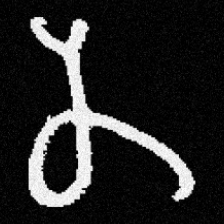
Pyu character \u2014 Myanmar letter: န (romanized: na)